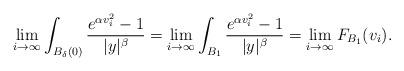
LaTeX: \begin{align*} \lim_{i\to\infty}\int_{B_{\delta}(0)}\frac{e^{\alpha v_i^2}-1}{|y|^{\beta}} = \lim_{i\to\infty}\int_{B_1}\frac{e^{\alpha v_i^2}-1}{|y|^{\beta}}= \lim_{i\to\infty}F_{B_1}(v_i).\end{align*}